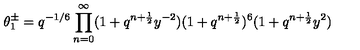
\theta _ { 1 } ^ { \pm } = q ^ { - 1 / 6 } \prod _ { n = 0 } ^ { \infty } ( 1 + q ^ { n + \frac { 1 } { 2 } } y ^ { - 2 } ) ( 1 + q ^ { n + \frac { 1 } { 2 } } ) ^ { 6 } ( 1 + q ^ { n + \frac { 1 } { 2 } } y ^ { 2 } )